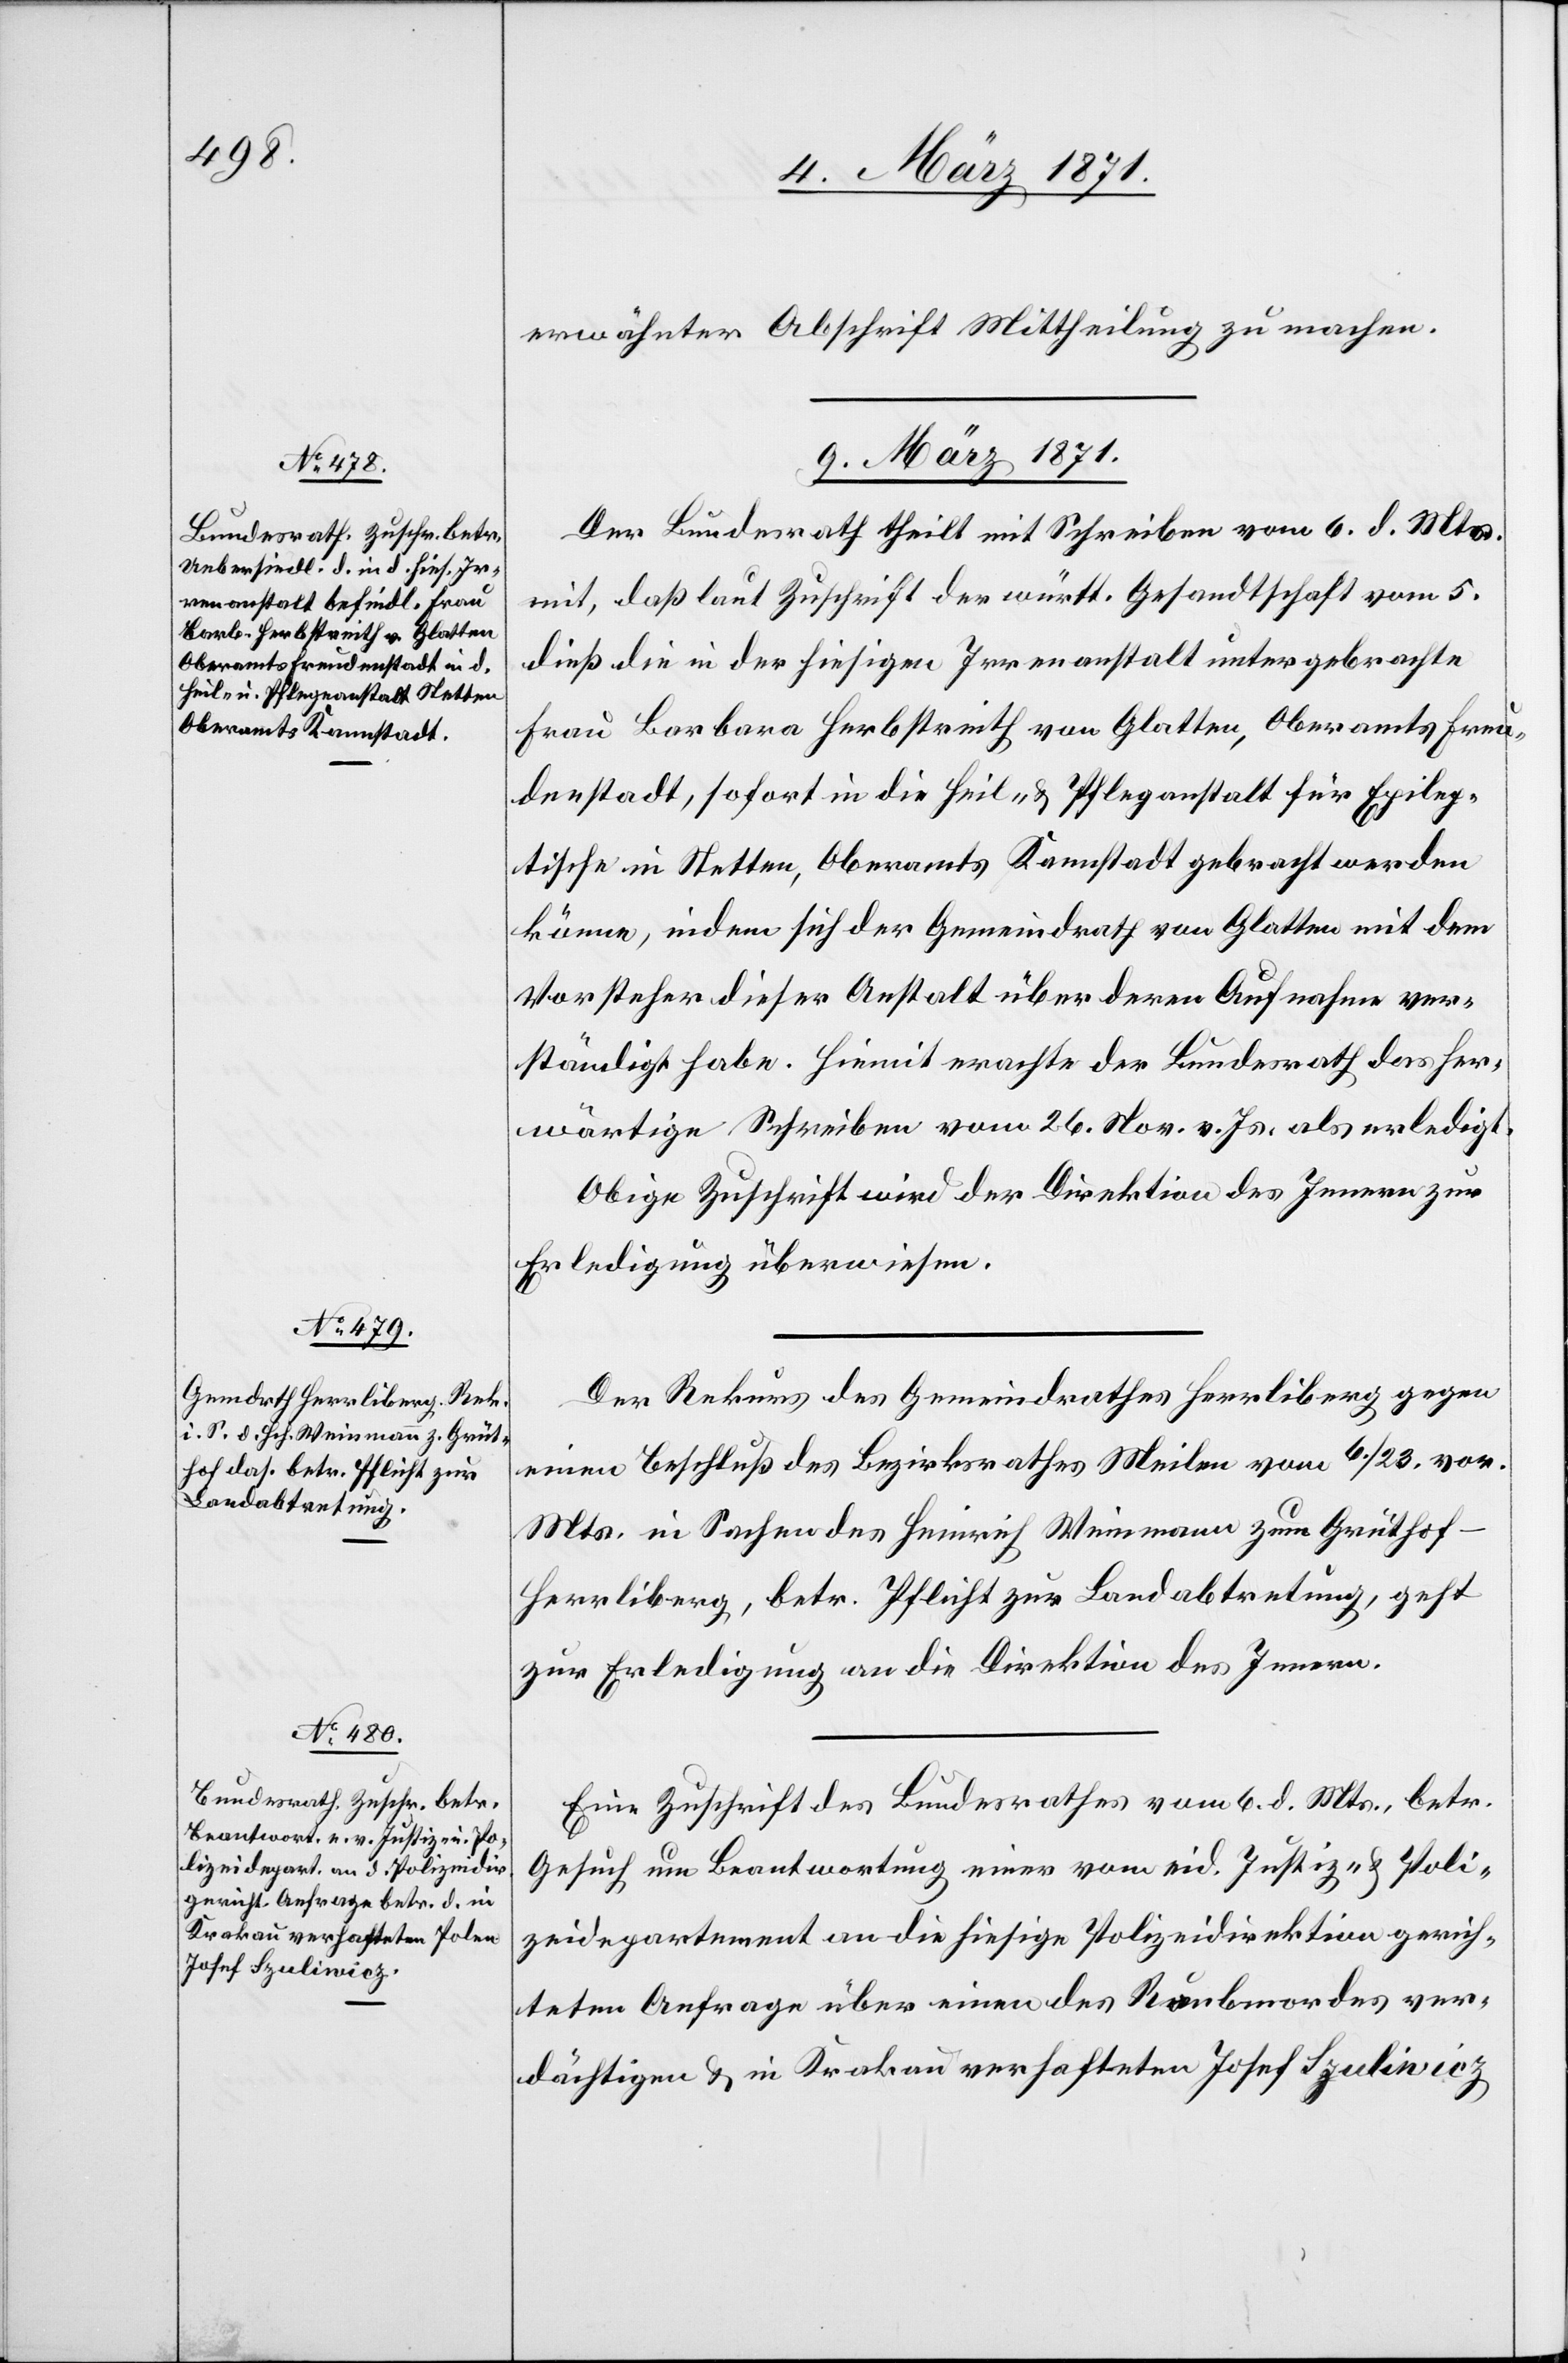
erwähnter Abschrift Mittheilung zu machen.
09. März 1871.]
Der Bundesrath theilt mit Schreiben vom 6. d. Mts.
mit, daß laut Zuschrift der württ. Gesandtschaft vom 5.
dieß die in der hiesigen Irrenanstalt untergebrachte
Frau Barbara Herbstreith von Glatten, Oberamts Freu¬
denstadt, sofort in die Heil- u. Pflegeanstalt für Epilep¬
tische in Stetten, Oberamts Kannstadt gebracht werden
könne, indem sich der Gemeindrath von Glatten mit dem
Vorsteher dieser Anstalt über deren Aufnahme ver¬
ständigt habe. Hiemit machte der Bundesrath das her¬
wärtige Schreiben vom 26. Nov. v. Js. als erledigt.
Obige Zuschrift wird der Direktion des Innern zur
Erledigung überwiesen.
Der Rekurs des Gemeindrathes Herrliberg gegen
einen Beschluß des Bezirksrathes Meilen vom 6./23. vor.
Mts. in Sachen des Heinrich Weinmann zum Grüthof-H¬
errliberg, betr. Pflicht zur Landabtretung, geht
zur Erledigung an die Direktion des Innern.
Eine Zuschrift des Bundesrathes vom 6. d. Mts., betr.
Gesuch um Beantwortung einer vom eid. Justiz- u. Poli¬
zeidepartement an die hiesige Polizeidirektion gerich¬
teten Anfrage über einen des Raubmordes ver¬
dächtigen u. in Krakau verhafteten Josef Szulinicz